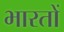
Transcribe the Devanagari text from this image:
भारतों